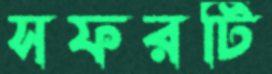
সফরটি